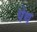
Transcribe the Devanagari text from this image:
पेथ